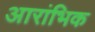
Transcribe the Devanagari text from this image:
आरांभिक